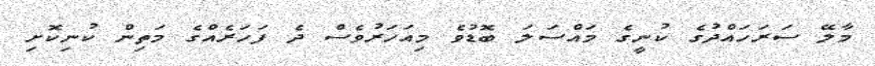
މާލޭ ސަރަހައްދުގެ ކުނީގެ މައްސަލަ ބޮޑުވެ މިއަހަރުވެސް ދެ ފަހަރެއްގެ މަތިން ކުނިކޮށި